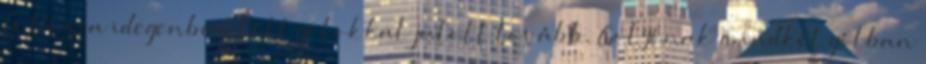
Ú.Dózsa idegenben lőtt gólokkal jutott tovább. Golyónak mindkét gólban